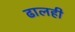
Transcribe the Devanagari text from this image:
ढालही